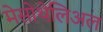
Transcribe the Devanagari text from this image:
मेसोथेलिअल